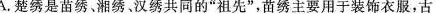
-A-楚绣是苗绣湘绣、汉绣共同的“祖先”，苗绣主要用于装饰衣服古